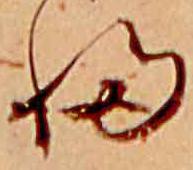
ふ